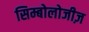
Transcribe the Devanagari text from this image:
सिम्बोलोजीज़